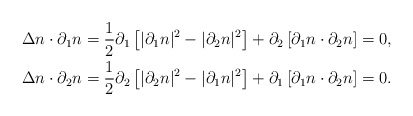
\begin{align*}\Delta n \cdot \partial_1 n & = \frac 12 \partial_1 \left[ |\partial_1 n|^2 - |\partial_2 n|^2 \right] + \partial_2 \left[\partial_1 n\cdot\partial_2 n \right] = 0, \\\Delta n \cdot \partial_2 n & = \frac 12 \partial_2 \left[ |\partial_2 n|^2 - |\partial_1 n|^2 \right] + \partial_1 \left[\partial_1 n\cdot\partial_2 n \right] = 0.\end{align*}